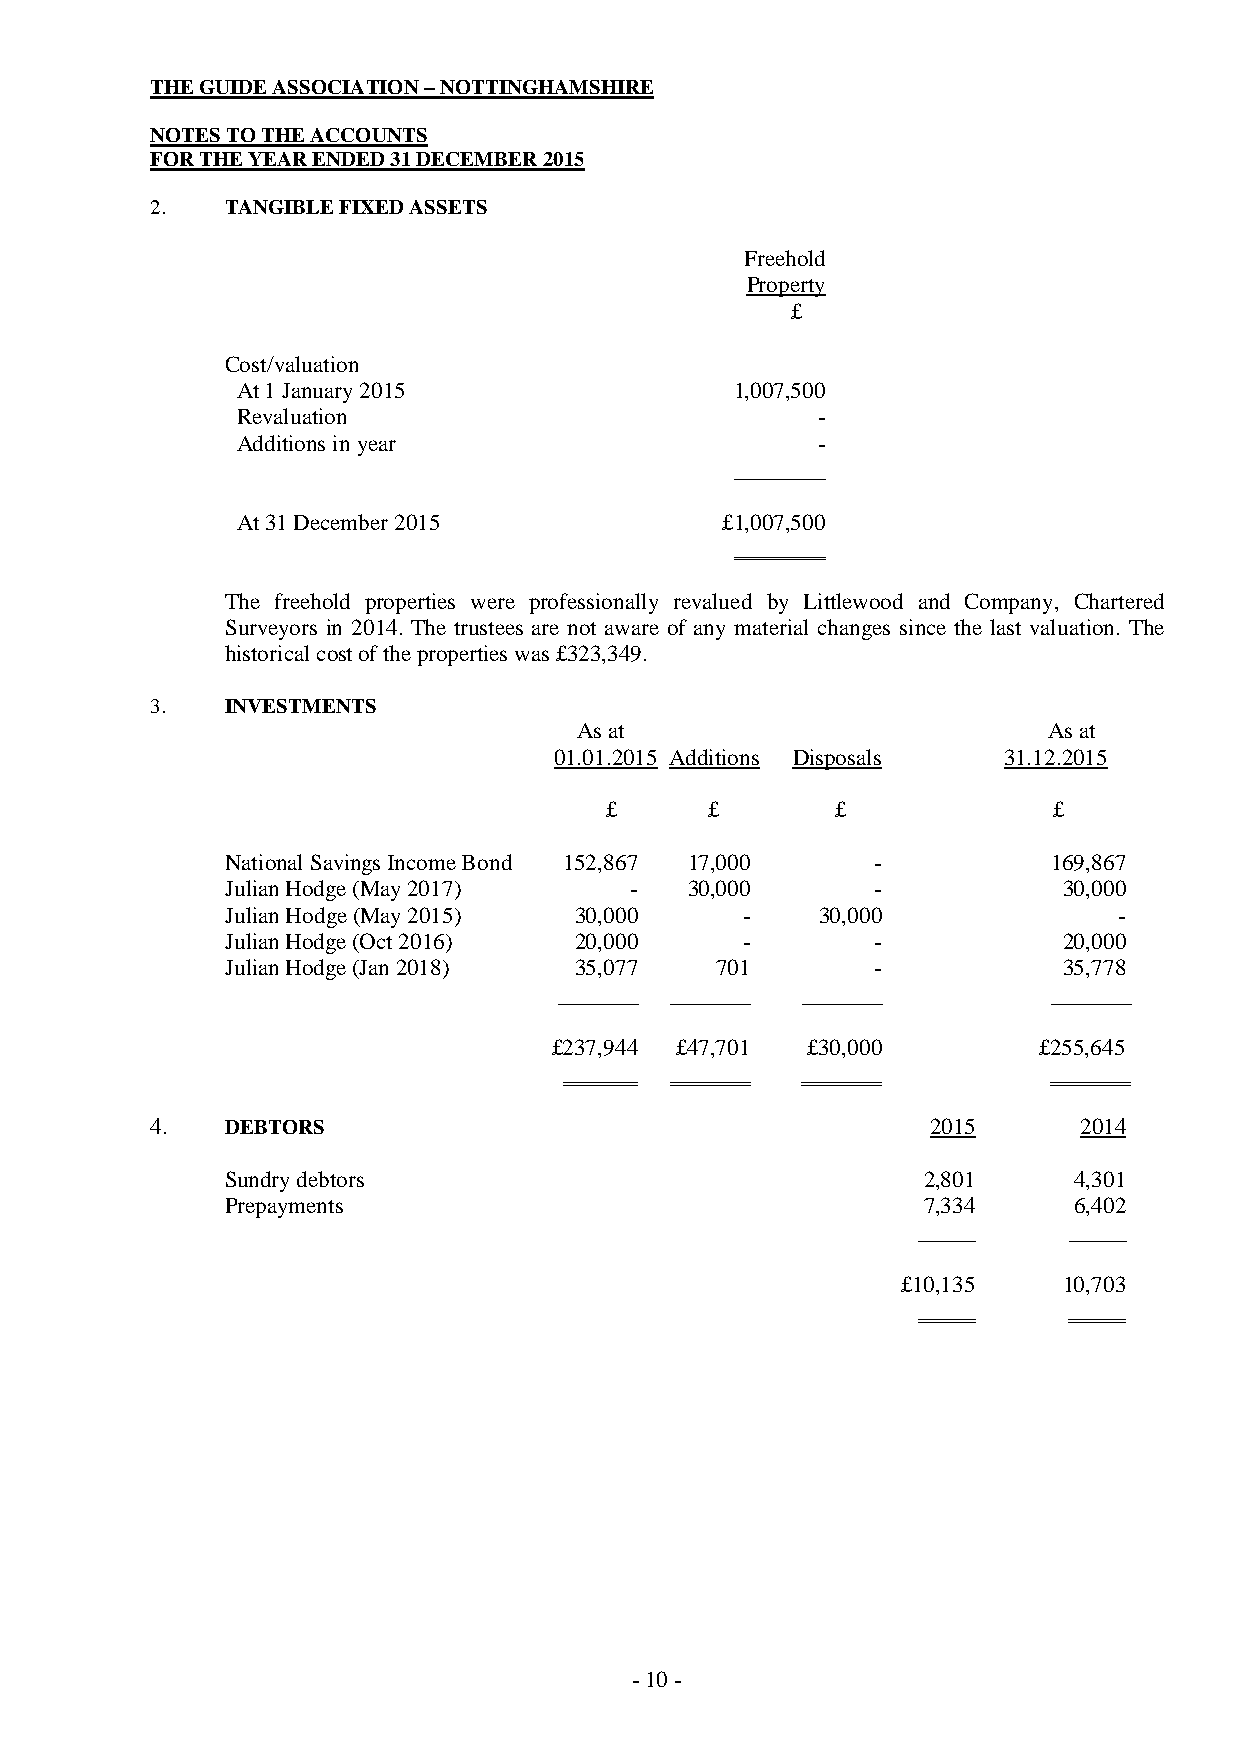
THE GUIDE ASSOCIATION – NOTTINGHAMSHIRE
 NOTES TO THE ACCOUNTS
 FOR THE YEAR ENDED 31 DECEMBER 2015
 2.   TANGIBLE FIXED ASSETS
 Freehold
 Property
 £
 Cost/valuation
 At 1 January 2015                1,007,500
 Revaluation                           -
 Additions in year                     -
 ________
 At 31 December 2015             £1,007,500
 The freehold properties were professionally revalued by Littlewood and Company, Chartered
 Surveyors in 2014. The trustees are not aware of any material changes since the last valuation. The
 historical cost of the properties was £323,349.
 3.   INVESTMENTS
 As at                          As at
 01.01.2015 Additions Disposals 31.12.2015
 £      £       £              £
 National Savings Income Bond 152,867 17,000 -          169,867
 Julian Hodge (May 2017)    -  30,000       -           30,000
 Julian Hodge (May 2015) 30,000    -    30,000              -
 Julian Hodge (Oct 2016) 20,000    -        -           20,000
 Julian Hodge (Jan 2018) 35,077  701        -           35,778
 _______ _______ _______          _______
 £237,944 £47,701 £30,000        £255,645
 4.   DEBTORS                                        2015     2014
 Sundry debtors                                2,801     4,301
 Prepayments                                   7,334     6,402
 _____     _____
 £10,135   10,703
 - 10 -